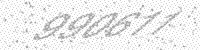
Solution: 990611